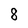
Character: 8